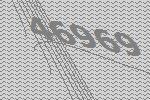
46969